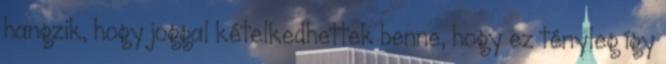
hangzik, hogy joggal kételkedhettek benne, hogy ez tényleg így